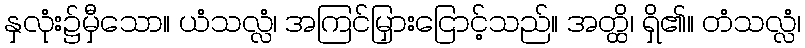
နှလုံး၌မှီသော။ ယံသလ္လံ၊ အကြင်မြှားငြောင့်သည်။ အတ္ထိ၊ ရှိ၏။ တံသလ္လံ၊